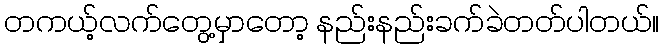
တကယ့်လက်တွေ့မှာတော့ နည်းနည်းခက်ခဲတတ်ပါတယ်။